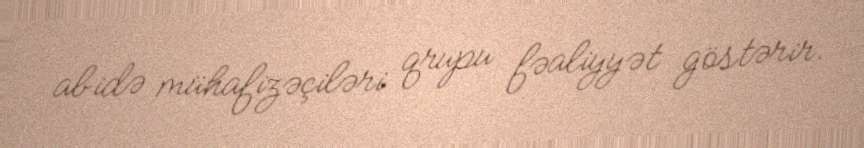
abidə mühafizəçiləri qrupu fəaliyyət göstərir.